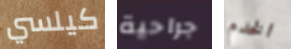
كيلسي جراحية الخدم